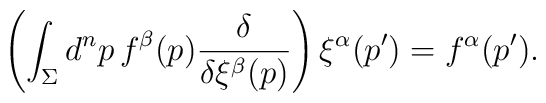
\left( \int_\Sigma d^np \, f^\beta(p) {\delta\over\delta \xi^\beta(p)} \right) \xi^\alpha(p') = f^\alpha(p').